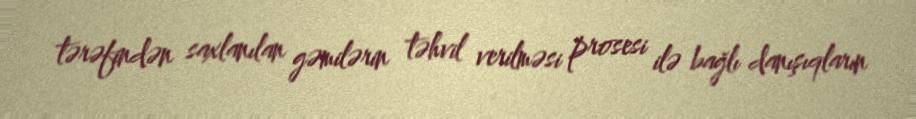
tərəfindən saxlanılan gəmilərin təhvil verilməsi prosesi ilə bağlı danışıqların